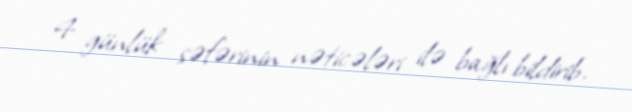
4 günlük səfərinin nəticələri ilə bağlı bildirib.